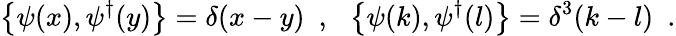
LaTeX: \left\{ \psi(x),\psi^{\dagger}(y)\right\} =\delta(x-y)~~,~~\left\{ \psi(k),\psi^{\dagger}(l)\right\} =\delta^{3}(k-l)~~.